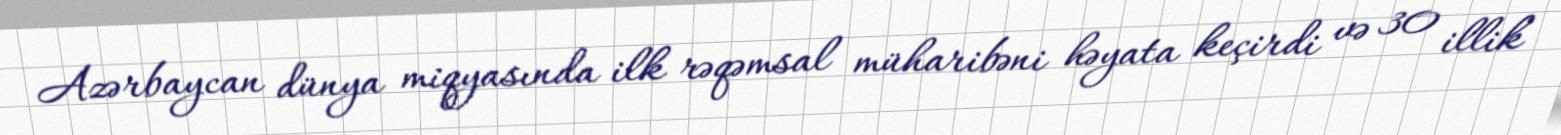
Azərbaycan dünya miqyasında ilk rəqəmsal müharibəni həyata keçirdi və 30 illik